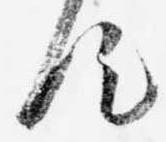
汰